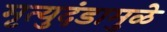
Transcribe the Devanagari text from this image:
मृत्युदंडामुळे